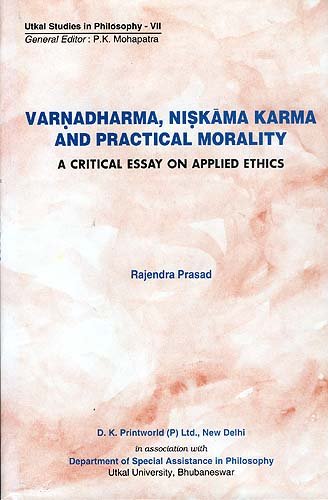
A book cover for Varnadharma, Niskama Karma and Practical Moraltiy; Rajendra Prasad; Religion & Spirituality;